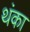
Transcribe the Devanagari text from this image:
थंका